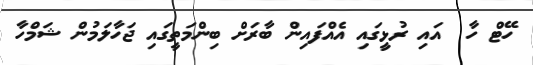
ހޭޓް ހާ  އައި ރުޅީގައި އެއްފައިން ބާރަށް ބިންމަތީގައި ޖަހާލަމުން ޝަމްހާާ